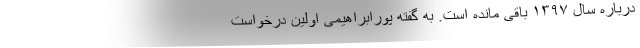
درباره سال ۱۳۹۷ باقی مانده است. به گفته پورابراهیمی اولین درخواست